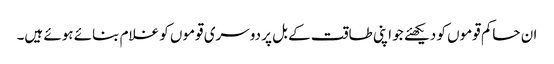
ان حاکم قوموں کو دیکھئے جو اپنی طاقت کے بل پر دوسری قوموں کو غلام بنائے ہوئے ہیں۔